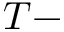
T -